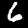
Label: 6